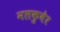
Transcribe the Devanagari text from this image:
नलकुबेर